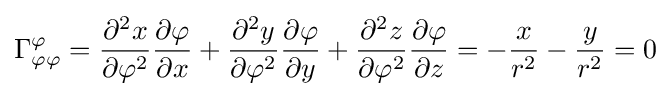
\Gamma _{\varphi \varphi }^{\varphi }={\frac {\partial ^{2}x}{\partial \varphi ^{2}}}{\frac {\partial \varphi }{\partial x}}+{\frac {\partial ^{2}y}{\partial \varphi ^{2}}}{\frac {\partial \varphi }{\partial y}}+{\frac {\partial ^{2}z}{\partial \varphi ^{2}}}{\frac {\partial \varphi }{\partial z}}=-{\frac {x}{r^{2}}}-{\frac {y}{r^{2}}}=0